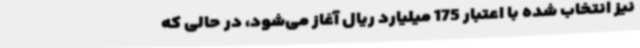
نیز انتخاب شده با اعتبار 175 میلیارد ریال آغاز می‌شود، در حالی که